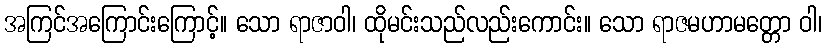
အကြင်အကြောင်းကြောင့်။ သော ရာဇာဝါ၊ ထိုမင်းသည်လည်းကောင်း။ သော ရာဇမဟာမတ္တော ဝါ၊